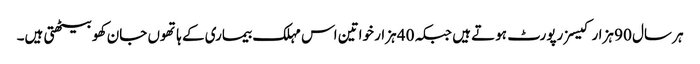
ہر سال 90 ہزار کیسز رپورٹ ہوتے ہیں جبکہ 40 ہزار خواتین اس مہلک بیماری کے ہاتھوں جان کھو بیٹھتی ہیں۔